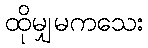
ထိုမျှမကသေး